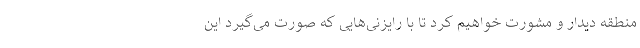
منطقه دیدار و مشورت خواهیم کرد تا با رایزنی‌هایی که صورت می‌گیرد این